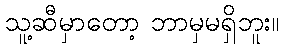
သူ့ဆီမှာတော့ ဘာမှမရှိဘူး။